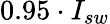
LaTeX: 0.95\cdot I_{sw}